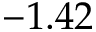
- 1 . 4 2